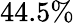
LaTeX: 44.5\%